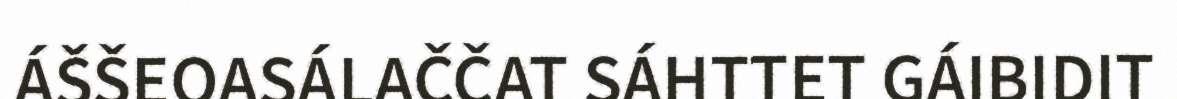
ÁŠŠEOASÁLAČČAT SÁHTTET GÁIBIDIT